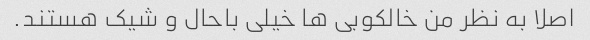
اصلا به نظر من خالکوبی ها خیلی باحال و شیک هستند.